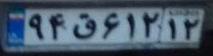
۹۴ق۶۱۲۱۲